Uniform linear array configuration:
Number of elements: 48
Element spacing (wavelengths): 0.25
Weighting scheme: uniform
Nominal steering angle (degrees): -45
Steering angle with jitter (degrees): -44.35
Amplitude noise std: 0.05
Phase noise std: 0.05

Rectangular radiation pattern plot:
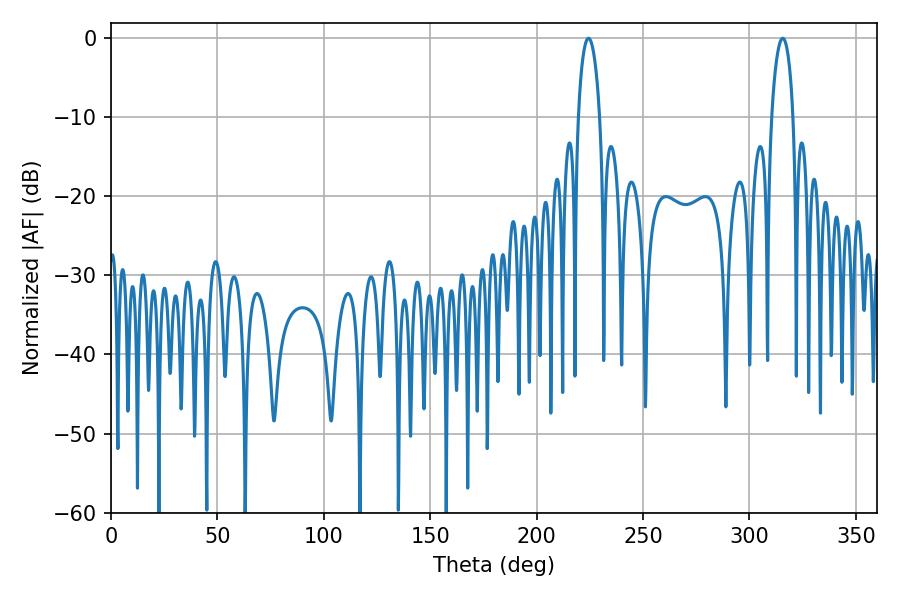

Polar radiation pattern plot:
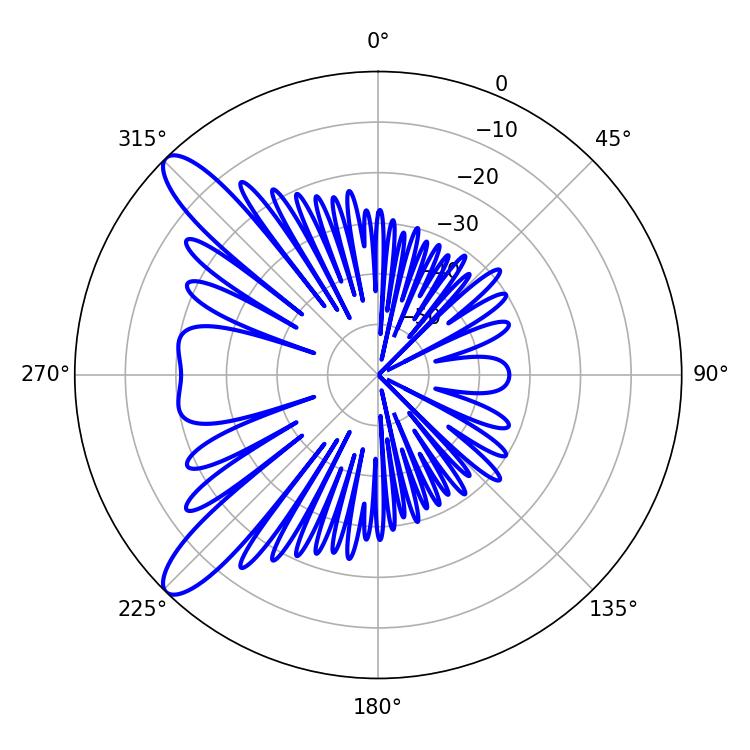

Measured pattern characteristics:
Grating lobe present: FALSE
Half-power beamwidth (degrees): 5.76
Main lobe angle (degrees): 224.28